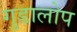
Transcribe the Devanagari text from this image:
गुडालोप